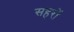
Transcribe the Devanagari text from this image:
सहरों